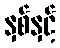
နှစ်နှင့်